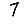
Digit: 7